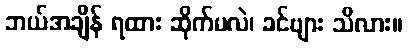
ဘယ်အချိန် ရထား ဆိုက်မလဲ၊ ခင်ဗျား သိလား။